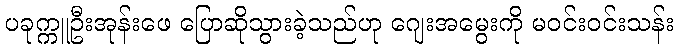
ပခုက္ကူဦးအုန်းဖေ ပြောဆိုသွားခဲ့သည်ဟု ဂျေးအမွေးကို မဝင်းဝင်းသန်း